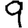
Digit: 9